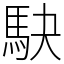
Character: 駃